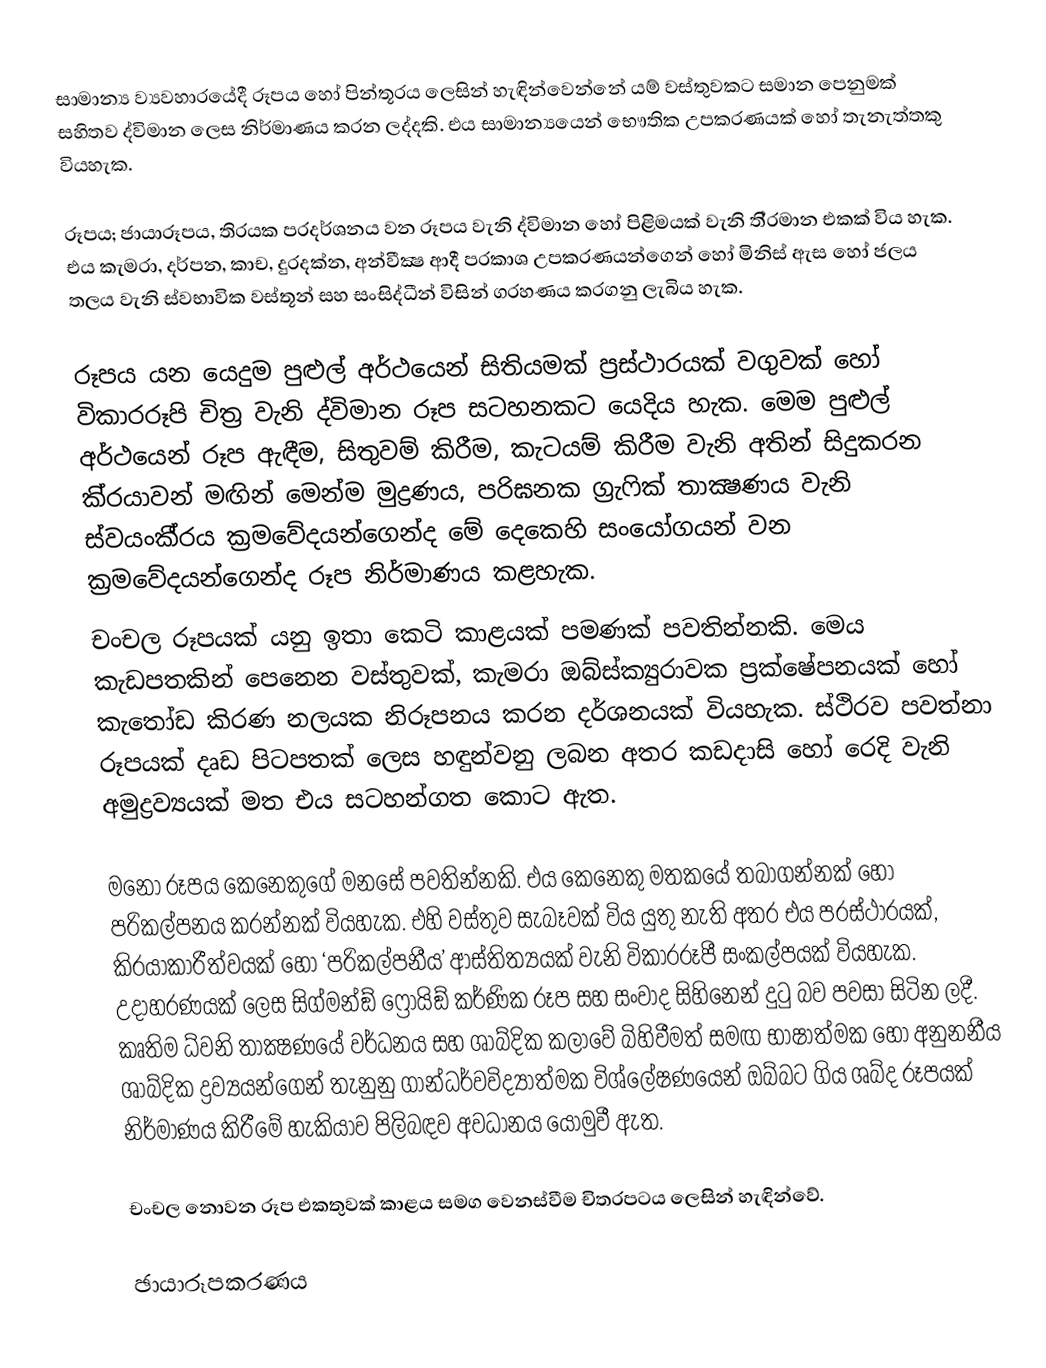
සාමාන්‍ය ව්‍යවහාරයේදී රූපය හෝ පින්තූරය ලෙසින් හැඳින්වෙන්නේ යම් වස්තුවකට සමාන පෙනුමක් සහිතව ද්විමාන ලෙස නිර්මාණය කරන ලද්දකි. එය සාමාන්‍යයෙන් භෞතික උපකරණයක් හෝ තැනැත්තකු වියහැක.

රූපය; ජායාරූපය, තිරයක ප‍්‍රදර්ශනය වන රූපය වැනි ද්විමාන හෝ පිළිමයක් වැනි ති‍්‍රමාන එකක් විය හැක. එය කැමරා, දර්පන, කාච, දුරදක්න, අන්වීක්‍ෂ ආදී ප‍්‍රකාශ උපකරණයන්ගෙන් හෝ මිනිස් ඇස හෝ ජලය තලය වැනි ස්වභාවික වස්තූන් සහ සංසිද්ධීන් විසින් ග‍්‍රහණය කරගනු ලැබිය හැක.

රූපය යන යෙදුම පුළුල් අර්ථයෙන් සිතියමක් ප‍්‍රස්ථාරයක් වගුවක් හෝ විකාරරූපි චිත‍්‍ර වැනි ද්විමාන රූප සටහනකට යෙදිය හැක. මෙම පුළුල් අර්ථයෙන් රූප ඇඳීම, සිතුවම් කිරීම, කැටයම් කිරීම වැනි අතින් සිදුකරන කි‍්‍රයාවන් මඟින් මෙන්ම මුද්‍රණය, පරිඝනක ග‍්‍රැෆික් තාක්‍ෂණය වැනි ස්වයංකී‍්‍රය ක‍්‍රමවේදයන්ගෙන්ද මේ දෙකෙහි සංයෝගයන් වන ක‍්‍රමවේදයන්ගෙන්ද රූප නිර්මාණය කළහැක.
චංචල රූපයක් යනු ඉතා කෙටි කාළයක් පමණක් පවතින්නකි. මෙය කැඩපතකින් පෙනෙන වස්තුවක්, කැමරා ඔබ්ස්ක්‍යුරාවක ප‍්‍රක්ෂේපනයක් හෝ කැතෝඩ කිරණ නලයක නිරූපනය කරන දර්ශනයක් වියහැක. ස්ථිරව පවත්නා රූපයක් දෘඩ පිටපතක් ලෙස හඳුන්වනු ලබන අතර කඩදාසි හෝ රෙදි වැනි අමුද්‍රව්‍යයක් මත එය සටහන්ගත කොට ඇත.

මනෝ රූපය කෙනෙකුගේ මනසේ පවතින්නකි. එය කෙනෙකු මතකයේ තබාගන්නක් හෝ පරිකල්පනය කරන්නක් වියහැක. එහි වස්තුව සැබෑවක් විය යුතු නැති අතර එය ප‍්‍රස්ථාරයක්, කි‍්‍රයාකාරීත්වයක් හෝ ‘පරිකල්පනීය’ ආස්තිත්‍යයක් වැනි විකාරරූපී සංකල්පයක් වියහැක. උදාහරණයක් ලෙස සිග්මන්ඞ් ෆ්‍රොයිඞ් කර්ණික රූප සහ සංවාද සිහිනෙන් දුටු බව පවසා සිටින ලදී. කෘතිම ධ්වනි තාක්‍ෂණයේ වර්ධනය සහ ශාබ්දික කලාවේ බිහිවීමත් සමඟ භාෂාත්මක හෝ අනුනනීය ශාබ්දික ද්‍රව්‍යයන්ගෙන් තැනුනු ගාන්ධර්වවිද්‍යාත්මක විශ්ලේෂණයෙන් ඔබ්බට ගිය ශබ්ද රූපයක් නිර්මාණය කිරීමේ හැකියාව පිලිබඳව අවධානය යොමුවී ඇත.

චංචල නොවන රූප එකතුවක් කාළය සමග වෙනස්වීම චිත‍්‍රපටය ලෙසින් හැඳින්වේ.

ඡායාරූපකරණය